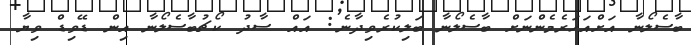
ބާސެލޯނާ އަށްއަހަރެމެންނަށް ބާސެލޯނާ ބަލިކުރެވިދާނެ: އައް ސާދު ކޯޗުބާސެލޯނާ އިން ޑޭވިޑް ވިޔާ